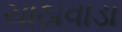
ચાઠાવાડા